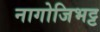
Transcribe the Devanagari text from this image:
नागोजिभट्ट